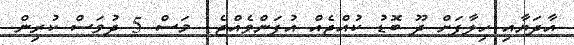
އާދަޔާއި ހިލާފަށް ދޫ ބޮޑު ކުއްޖެއް އުފަންވެއްޖެ1 މަސް 5 ދުވަސް ކުރިން.